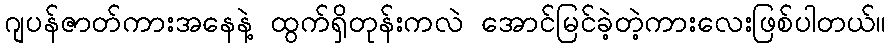
ဂျပန်ဇာတ်ကားအနေနဲ့ ထွက်ရှိတုန်းကလဲ အောင်မြင်ခဲ့တဲ့ကားလေးဖြစ်ပါတယ်။